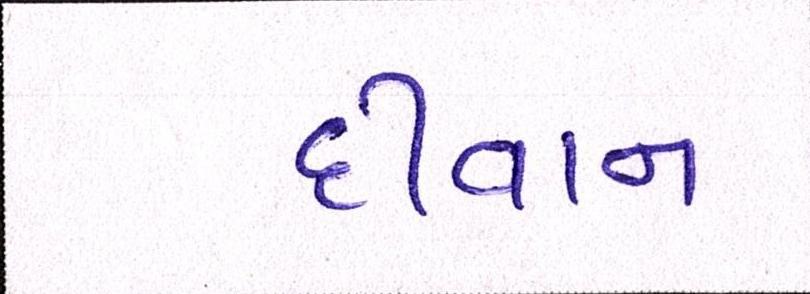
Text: દીવાન